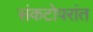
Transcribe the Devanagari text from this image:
संकटोपरांत